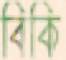
বিকি